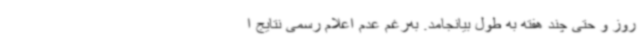
روز و حتی چند هفته به طول بیانجامد. به‌رغم عدم اعلام رسمی نتایج ا